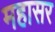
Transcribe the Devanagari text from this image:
महासर